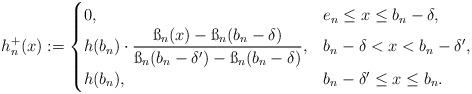
LaTeX: \begin{align*}h_n^+(x):=\begin{cases} 0,& e_n\leq x\leq b_n-\delta,\\h(b_n)\cdot \displaystyle{\frac{\ss_n(x)-\ss_n(b_n-\delta)}{\ss_n(b_n-\delta')-\ss_n(b_n-\delta)}},& b_n-\delta<x<b_n-\delta',\\h(b_n),& b_n-\delta'\leq x\leq b_n.\end{cases}\end{align*}